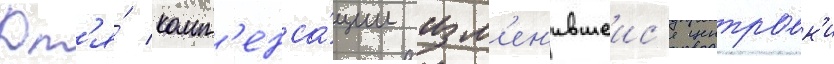
Дл'я́ комп'енса́ции изм'ен'ившеис'я центровк'и